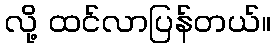
လို့ ထင်လာပြန်တယ်။